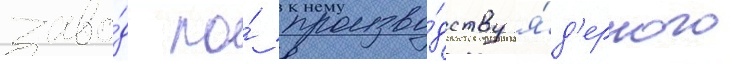
заво́д по́ произво́дству я́д'ерного